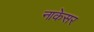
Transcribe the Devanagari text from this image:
नाकेसर